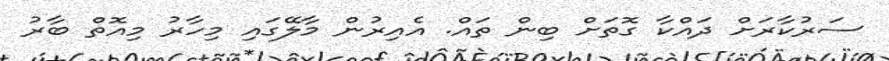
ސަރުކާރަށް ދައްކާ ގޮތަށް ބިން ތައް. އެއިރުން މާލޭގައި މިހާރު މިއޮތް ބާރު